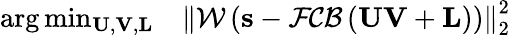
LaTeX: \begin{array}{rl}{\arg\operatorname*{min}_{\mathbf{U},\mathbf{V},\mathbf{L}}}&{{}\left\| \mathcal{W}\left(\mathbf{s}-\mathcal{FCB}\left(\mathbf{U}\mathbf{V}+\mathbf{L}\right)\right)\right\| _{2}^{2}}\end{array}